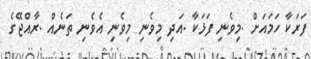
ފަރަކާ ހަމައަށް .މިވެނި ފަޅަކާ .އަދި މިވެނި މިވެނި އެވެނި ތަނެއް .ރާއްޖޭގެ